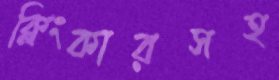
ক্লিংকারসহ